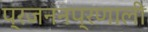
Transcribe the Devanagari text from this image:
प्रजननप्रणाली